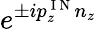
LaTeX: e^{\pm ip_{z}^{\mathrm{~I~N~}}n_{z}}